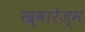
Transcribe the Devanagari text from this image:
ख्वारेज्म